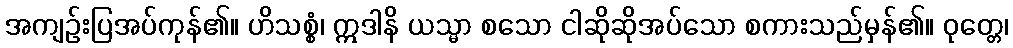
အကျဉ်းပြအပ်ကုန်၏။ ဟိသစ္စံ၊ ဣဒါနိ ယသ္မာ စသော ငါဆိုဆိုအပ်သော စကားသည်မှန်၏။ ဝုတ္တေ၊